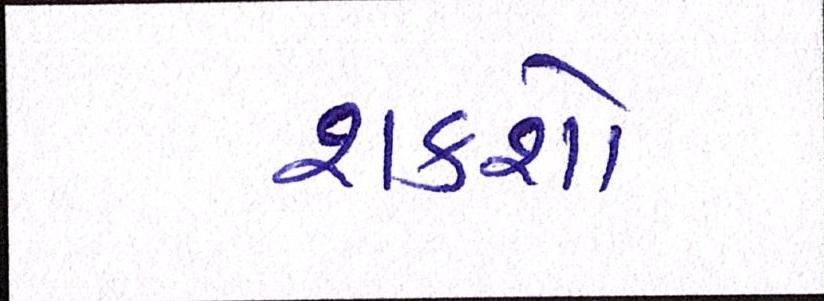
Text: શકશો